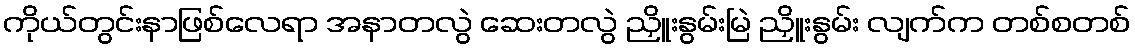
ကိုယ်တွင်းနာဖြစ်လေရာ အနာတလွဲ ဆေးတလွဲ ညှိူးနွမ်းမြဲ ညှိူးနွမ်း လျက်က တစ်စတစ်